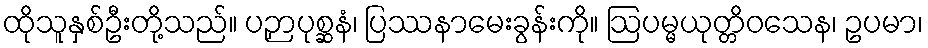
ထိုသူနှစ်ဦးတို့သည်။ ပဉှာပုစ္ဆနံ၊ ပြဿနာမေးခွန်းကို။ ဩပမ္မယုတ္တိဝသေန၊ ဥပမာ၊